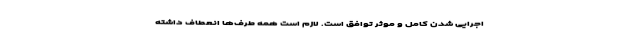
اجرایی شدن کامل و موثر توافق است. لازم است همه طرف‌ها انعطاف داشته